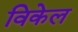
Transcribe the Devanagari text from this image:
विकेल